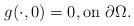
LaTeX: \begin{align*}g(\cdot,0)=0, \textrm{on}~\partial\Omega.\end{align*}